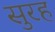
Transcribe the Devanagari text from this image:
सुरह